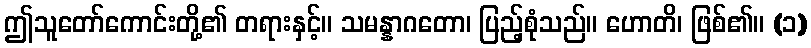
ဤသူတော်ကောင်းတို့၏ တရားနှင့်။ သမန္နာဂတော၊ ပြည့်စုံသည်။ ဟောတိ၊ ဖြစ်၏။ (၁)